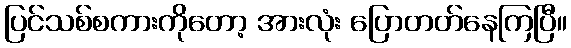
ပြင်သစ်စကားကိုတော့ အားလုံး ပြောတတ်နေကြပြီ။